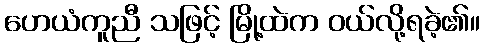
ဟေယံကူညီ သဖြင့် မြို့ထဲက ဝယ်လို့ရခဲ့၏။